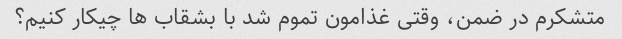
متشکرم در ضمن، وقتی غذامون تموم شد با بشقاب ها چیکار کنیم؟